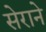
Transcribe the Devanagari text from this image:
सेराने